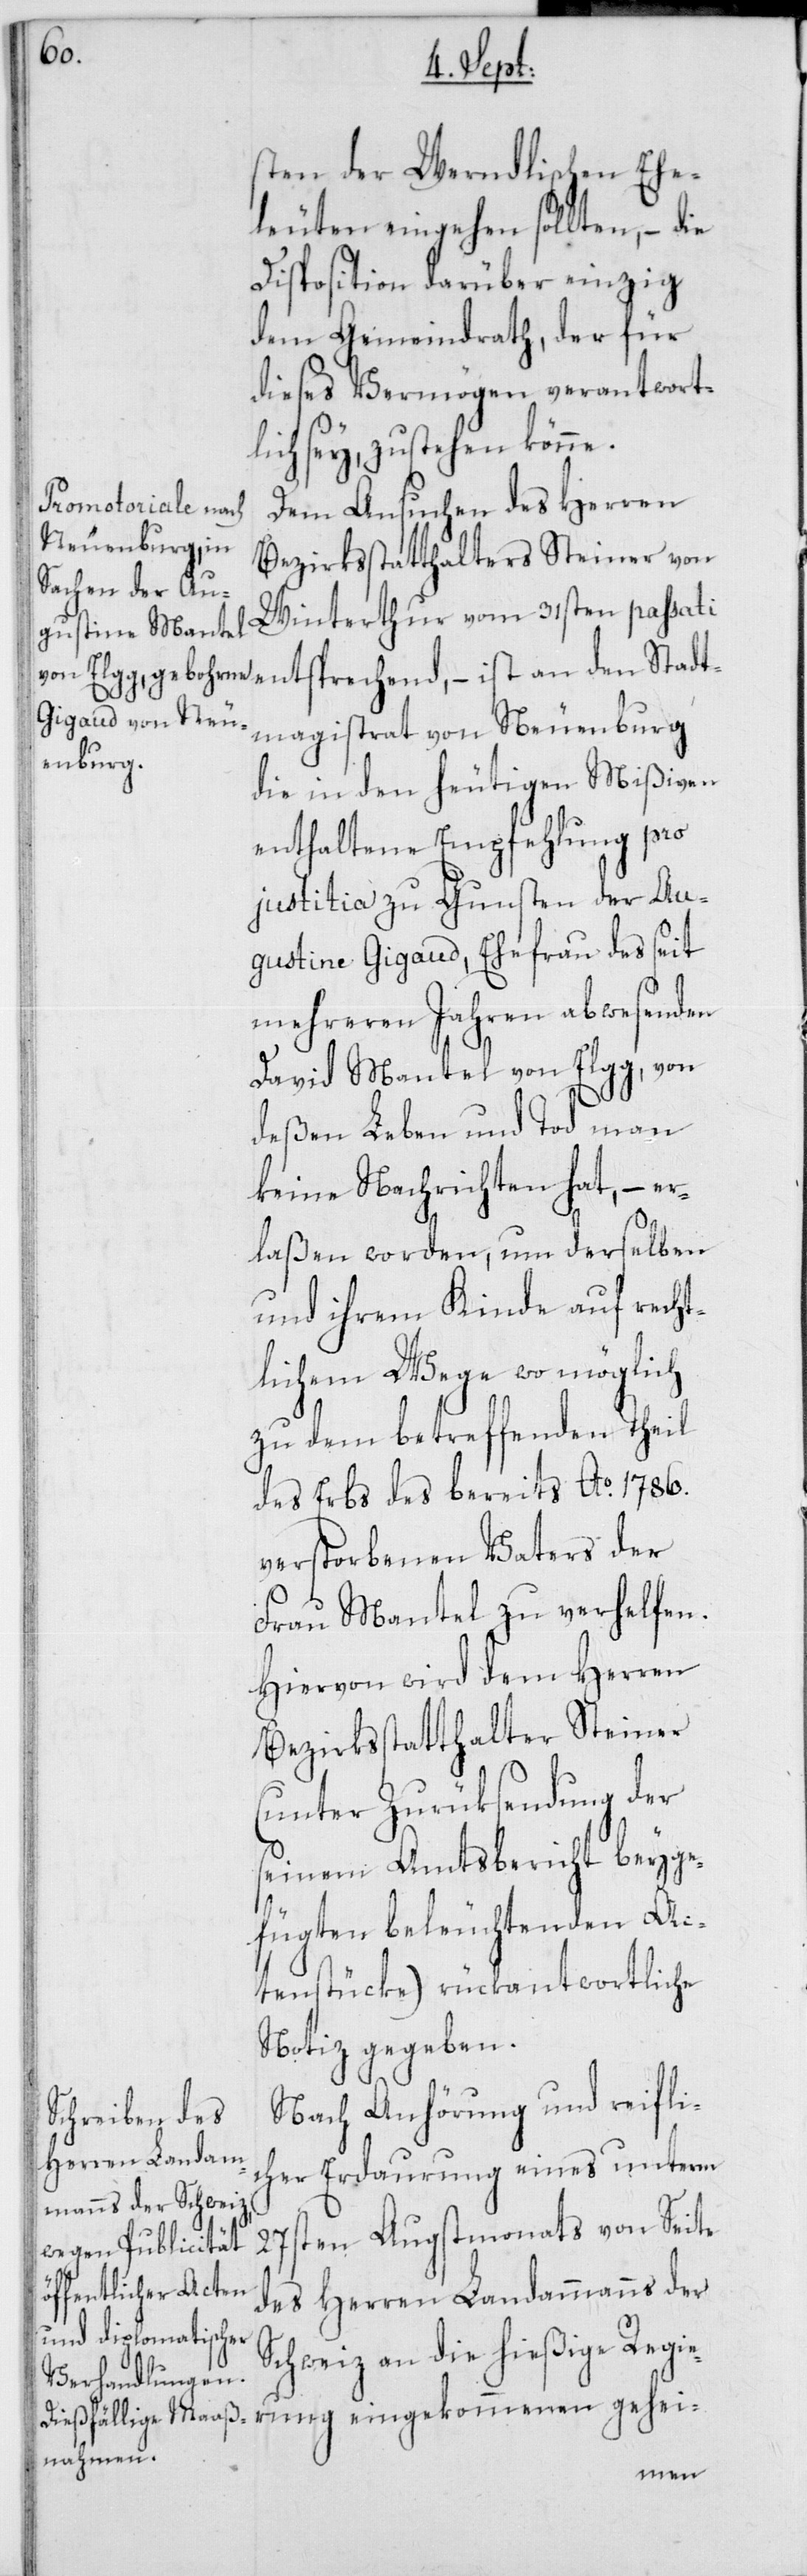
den Stadt¬
sten der Werndlischen Ehe¬
leuten eingehen sollten, – die
Disposition darüber einzig
dem Gemeindrath, der für
dieses Vermögen verantwort¬
lich sey, zustehen könne.
Dem Ansuchen des Herren
Bezirksstatthalters Steiner von
Winterthur vom 31sten passati
magistrat von Neuenburg
die in den heutigen Mißiven
enthaltene Empfehlung pro
justitia zu Gunsten der Au¬
gustine Gigaud, Ehefrau des seit
mehreren Jahren abwesenden
David Mantel von Elgg, von
deßen Leben und Tod man
keine Nachrichten hat, – er¬
laßen worden, um derselben
und ihrem Kinde auf recht¬
lichem Wege wo möglich
zu dem betreffenden Theil
des Erbs des bereits Ao 1786.
verstorbenen Vaters der
Frau Mantel zu verhelfen.
Hiervon wird dem Herren
Bezirksstatthalter Steiner
(unter Zurücksendung der
seinem Amtsbericht beyge¬
fügten beleuchtenden Ac¬
tenstücke) rückantwortliche
Notiz gegeben.
Nach Anhörung und reifli¬
cher Erdaurung eines unterm
27sten Augstmonats von Seite
des Herren Landammanns der
Schweiz an die hießige Regie¬
rung eingekommenen gehei-